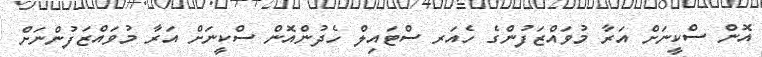
އޮން ސްކީނަށް އަރާ މުވައްޒަފުންގެ ހެއަރ ސްޓައިލް ހެދުންއޮން ސްކީނަށް އަރާ މުވައްޒަފުންނަށް